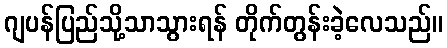
ဂျပန်ပြည်သို့သာသွားရန် တိုက်တွန်းခဲ့လေသည်။